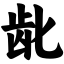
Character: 龀